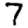
Digit: 7